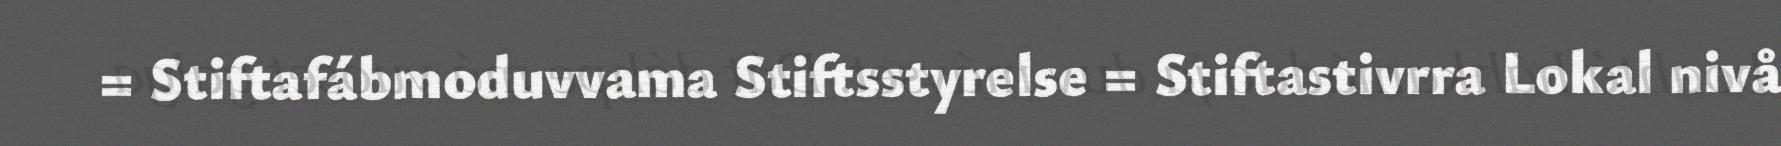
= Stiftafábmoduvvama Stiftsstyrelse = Stiftastivrra Lokal nivå